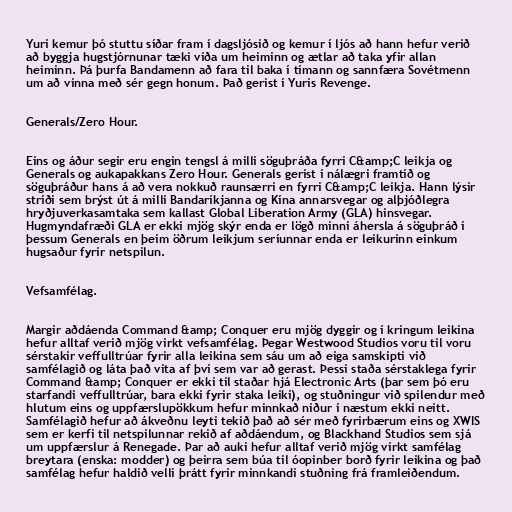
Yuri kemur þó stuttu síðar fram í dagsljósið og kemur í ljós að hann hefur verið
að byggja hugstjórnunar tæki víða um heiminn og ætlar að taka yfir allan
heiminn. Þá þurfa Bandamenn að fara til baka í tímann og sannfæra Sovétmenn
um að vinna með sér gegn honum. Það gerist í Yuris Revenge.

Generals/Zero Hour.

Eins og áður segir eru engin tengsl á milli söguþráða fyrri C&amp;C leikja og
Generals og aukapakkans Zero Hour. Generals gerist í nálægri framtíð og
söguþráður hans á að vera nokkuð raunsærri en fyrri C&amp;C leikja. Hann lýsir
stríði sem brýst út á milli Bandaríkjanna og Kína annarsvegar og alþjóðlegra
hryðjuverkasamtaka sem kallast Global Liberation Army (GLA) hinsvegar.
Hugmyndafræði GLA er ekki mjög skýr enda er lögð minni áhersla á söguþráð í
þessum Generals en þeim öðrum leikjum seríunnar enda er leikurinn einkum
hugsaður fyrir netspilun.

Vefsamfélag.

Margir aðdáenda Command &amp; Conquer eru mjög dyggir og í kringum leikina
hefur alltaf verið mjög virkt vefsamfélag. Þegar Westwood Studios voru til voru
sérstakir veffulltrúar fyrir alla leikina sem sáu um að eiga samskipti við
samfélagið og láta það vita af því sem var að gerast. Þessi staða sérstaklega fyrir
Command &amp; Conquer er ekki til staðar hjá Electronic Arts (þar sem þó eru
starfandi veffulltrúar, bara ekki fyrir staka leiki), og stuðningur við spilendur með
hlutum eins og uppfærslupökkum hefur minnkað niður í næstum ekki neitt.
Samfélagið hefur að ákveðnu leyti tekið það að sér með fyrirbærum eins og XWIS
sem er kerfi til netspilunnar rekið af aðdáendum, og Blackhand Studios sem sjá
um uppfærslur á Renegade. Þar að auki hefur alltaf verið mjög virkt samfélag
breytara (enska: modder) og þeirra sem búa til óopinber borð fyrir leikina og það
samfélag hefur haldið velli þrátt fyrir minnkandi stuðning frá framleiðendum.